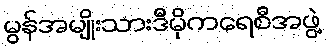
မွန်အမျိုးသားဒီမိုကရေစီအဖွဲ့